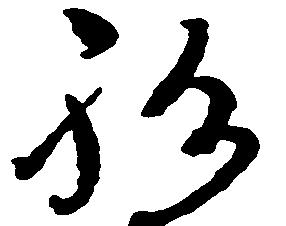
祝